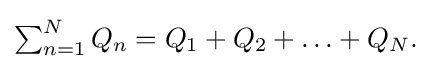
{\textstyle \sum _{n=1}^{N}Q_{n}=Q_{1}+Q_{2}+\ldots +Q_{N}.}